Regulations for the medical services of the Army of India
Year: 1930
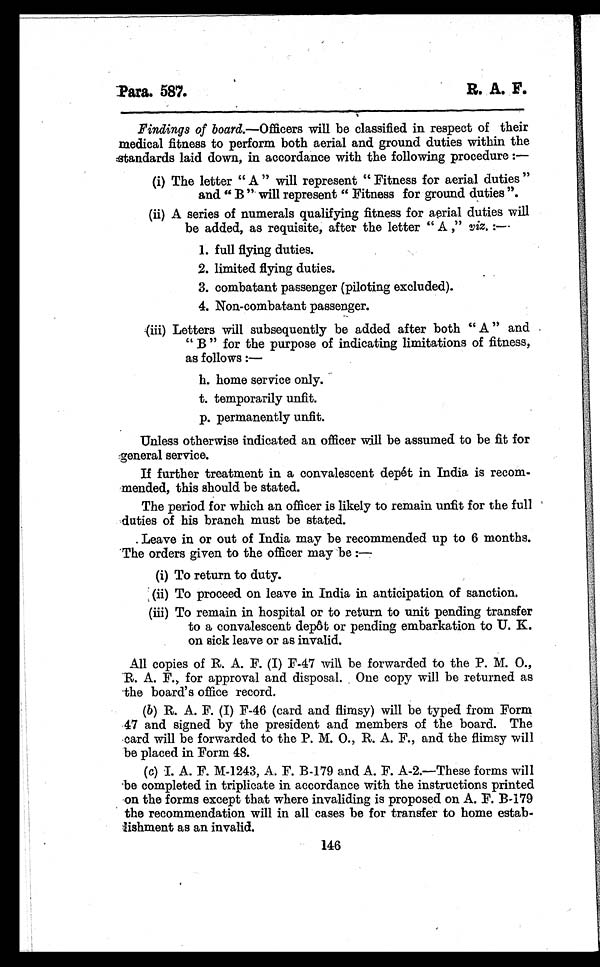
Para. 587.
R. A. F.
Findings of board.—Officers will be classified in respect of their
medical fitness to perform both aerial and ground duties within the
standards laid down, in accordance with the following procedure :
—
(i)The letter “ A ” will represent “ Fitness for aerial duties ”
and “ B ” will represent “ Fitness for ground duties ”.
(ii)A series of numerals qualifying fitness for aerial duties will
be added, as requisite, after the letter “ A,” viz. :—
1.full flying duties.
2. limited flying duties.
3. combatant passenger (piloting excluded).
4. Non-combatant passenger.
.(iii) Letters will subsequently be added after both “ A ” and
“ B ” f o r t h e p u r p o s e o f i n d i c a t i n g l i m i t a t i o n s o f f i t n e s s ,
as follows :
—
h. home service only.
t. temporarily unfit.
p. permanently unfit.
Unless otherwise indicated an officer will be assumed to be fit for
general service.
If further treatment in a convalescent depét in India is recom-
mended, this should be stated.
The period for which an officer is likely to remain unfit for the full
duties of his branch must be stated.
Leave in or out of India may be recommended up to 6 months.
The orders given to the officer may be :—
(i)To return to duty.
(ii)To proceed on leave in India in anticipation of sanction.
(iii)To remain in hospital or to return to unit pending transfer
to a convalescent depôt or pending embarkation to U. K.
on sick leave or as invalid.
All copies of R. A. F. (I) F-47 will be forwarded to the P. M. O.,
R. A. F., for approval and disposal. One copy will be returned as
the board's office record.
(b) R. A. F. (I) F-46 (card and flimsy) will be typed from Form
47 and signed by the president and members of the board. The
card will be forwarded to the P. M. O., R. A. F., and the flimsy will
be placed in Form 48.
(d)I. A. F. M-1243, A. F. B-179 and A. F. A-2.—These forms will
be completed in triplicate in accordance with the instructions printed
on the forms except that where invaliding is proposed on A. F. B-179
the recommendation will in all cases be for transfer to home estab-
lishment as an invalid.
146